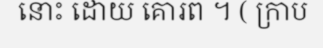
នោះ ដោយ គោរព ។ ( ក្រាប